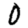
Digit: 0